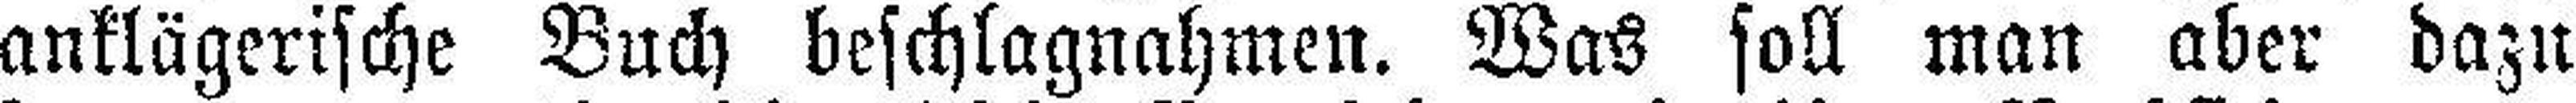
anklügerische Buch beschlagnahmen. Was soll man aber dazu